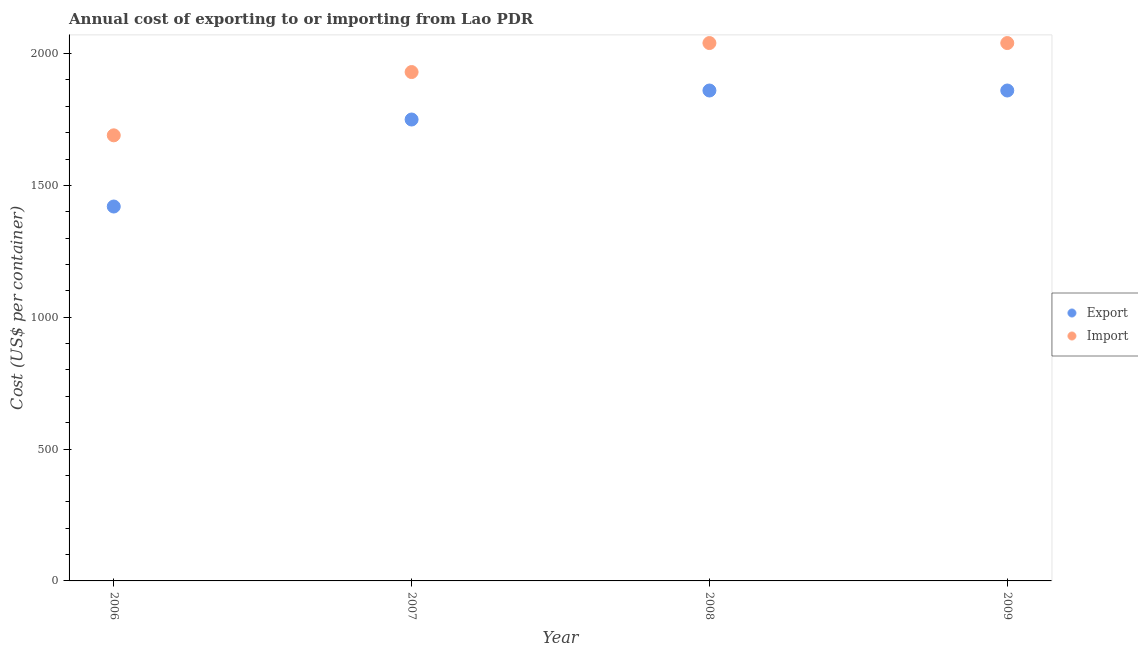
| Year | Export | Import |
 | --- | --- | --- |
 | 2006 | 1.42e+03 | 1.69e+03 |
 | 2007 | 1.75e+03 | 1.93e+03 |
 | 2008 | 1.86e+03 | 2.04e+03 |
 | 2009 | 1.86e+03 | 2.04e+03 |